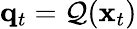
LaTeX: \mathbf{q}_{t}=\mathcal{Q}(\mathbf{x}_{t})